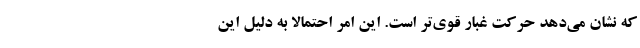
که نشان می‌دهد حرکت غبار قوی‌تر است. این امر احتمالاً به دلیل این